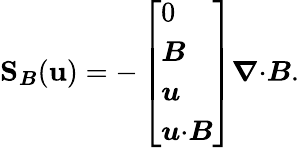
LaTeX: \mathbf{S}_{\boldsymbol{B}}(\mathbf{u})=-\left[\begin{array}{l}{0}\\ {\boldsymbol{B}}\\ {\boldsymbol{u}}\\ {\boldsymbol{u}{\cdot}\boldsymbol{B}}\end{array}\right]\boldsymbol{\nabla}{\cdot}\boldsymbol{B}.